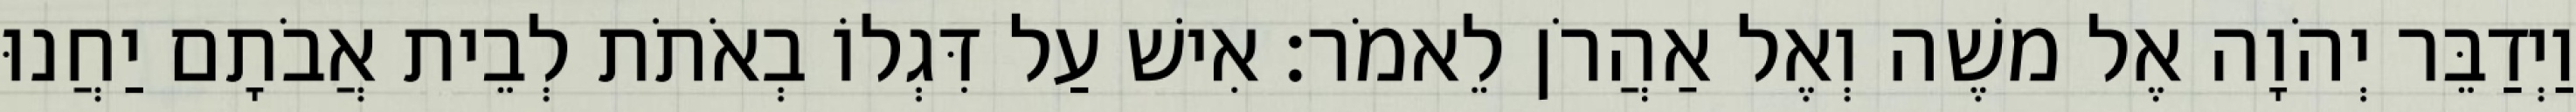
וַיְדַבֵּר יְהֹוָה אֶל משֶׁה וְאֶל אַהֲרֹן לֵאמֹר׃ אִישׁ עַל דִּגְלוֹ בְאֹתֹת לְבֵית אֲבֹתָם יַחֲנוּ